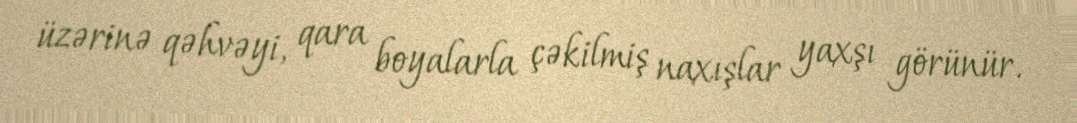
üzərinə qəhvəyi, qara boyalarla çəkilmiş naxışlar yaxşı görünür.